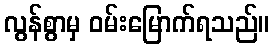
လွန်စွာမှ ဝမ်းမြောက်ရသည်။